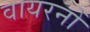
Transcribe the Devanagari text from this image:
वायरनों